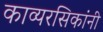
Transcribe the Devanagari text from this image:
काव्यरसिकांनी